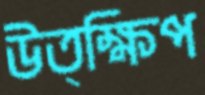
উত্ক্ষিপ